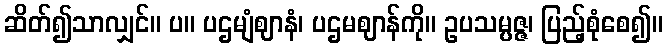
ဆိတ်၍သာလျှင်။ ပ။ ပဌမျံဈာနံ၊ ပဌမဈာန်ကို။ ဥပသမ္ပဇ္ဇ၊ ပြည့်စုံစေ၍။